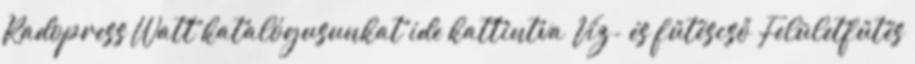
Radopress Watt katalógusunkat ide kattintva Víz- és fűtéscső Felületfűtés